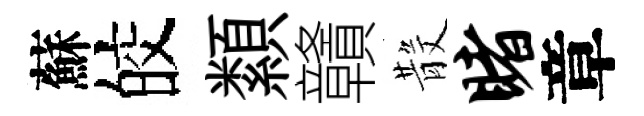
蘇皎纇贛𣪚睹章